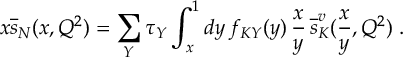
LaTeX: x { \overline { { s } } } _ { N } ( x , Q ^ { 2 } ) = \sum _ { Y } \tau _ { Y } \int _ { x } ^ { 1 } d y \, f _ { K Y } ( y ) \, \frac { x } { y } \, { \overline { { s } } } _ { K } ^ { v } ( \frac { x } { y } , Q ^ { 2 } ) \; .